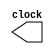
module CLK_ON_WIRE(clock);
    
    output reg clock;
    
    
    initial clock = 0;  
    always #5 clock = ~clock;  // 50 % duty Cycle clock

endmodule